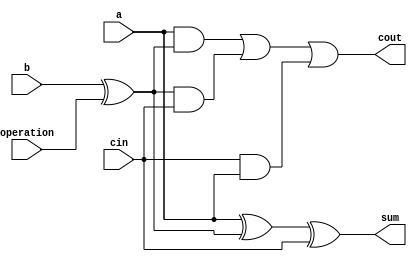
`timescale 1ns / 1ps
//////////////////////////////////////////////////////////////////////////////////
// Company: 
// Engineer: 
// 
// Design Name: 
// Module Name:    full_operator 
// Project Name: 
// Target Devices: 
// Tool versions: 
// Description: 
//
// Dependencies: 
//
// Revision: 
// Revision 0.01 - File Created
// Additional Comments: 
//
//////////////////////////////////////////////////////////////////////////////////
module full_operator(a,b,operation,cin,sum,cout);

	input a;
	input b;
	input operation;
	input cin;

	output sum;
	wire sum;
	output cout;
	wire cout;

	assign sum = a^(b^operation)^cin;
	assign cout = (a&(b^operation)) | ((b^operation)&cin) | (cin&a);

endmodule